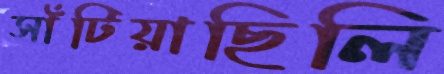
সাঁটিয়াছিলি